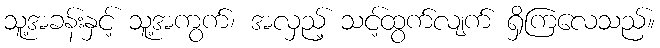
သူ့အခန်းနှင့် သူ့အကွက်၊ အလှည့် သင့်ထွက်လျက် ရှိကြလေသည်။